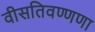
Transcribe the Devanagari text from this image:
वीसतिवण्णणा